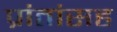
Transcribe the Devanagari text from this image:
प्रांतांसह